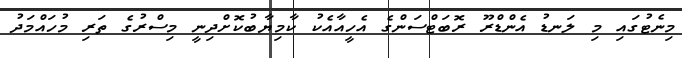
މިނެޓުގައި މި ލަނޑު އެންޑްރޫ ރޮބަޓްސަންގެ އެހީއާއެކު ކާމިޔާބުކޮށްދިނީ މިސްރުގެ ތަރި މުހައްމަދު